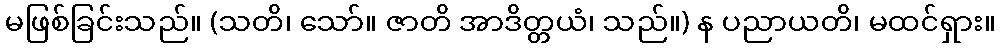
မဖြစ်ခြင်းသည်။ (သတိ၊ သော်။ ဇာတိ အာဒိတ္တယံ၊ သည်။) န ပညာယတိ၊ မထင်ရှား။